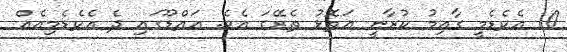
10 އެކެޑެމީ ގާއިމު ކުރާނީ އަތޮޅު ތެރޭގަ އެވެ. އައްޑޫގައި ދެ އެކެޑެމިއެއް